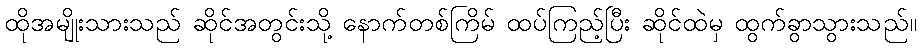
ထိုအမျိုးသားသည် ဆိုင်အတွင်းသို့ နောက်တစ်ကြိမ် ထပ်ကြည့်ပြီး ဆိုင်ထဲမှ ထွက်ခွာသွားသည်။